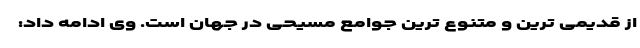
از قدیمی ترین و متنوع ترین جوامع مسیحی در جهان است. وی ادامه داد: